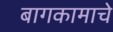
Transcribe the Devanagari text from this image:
बागकामाचे